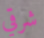
شرقي